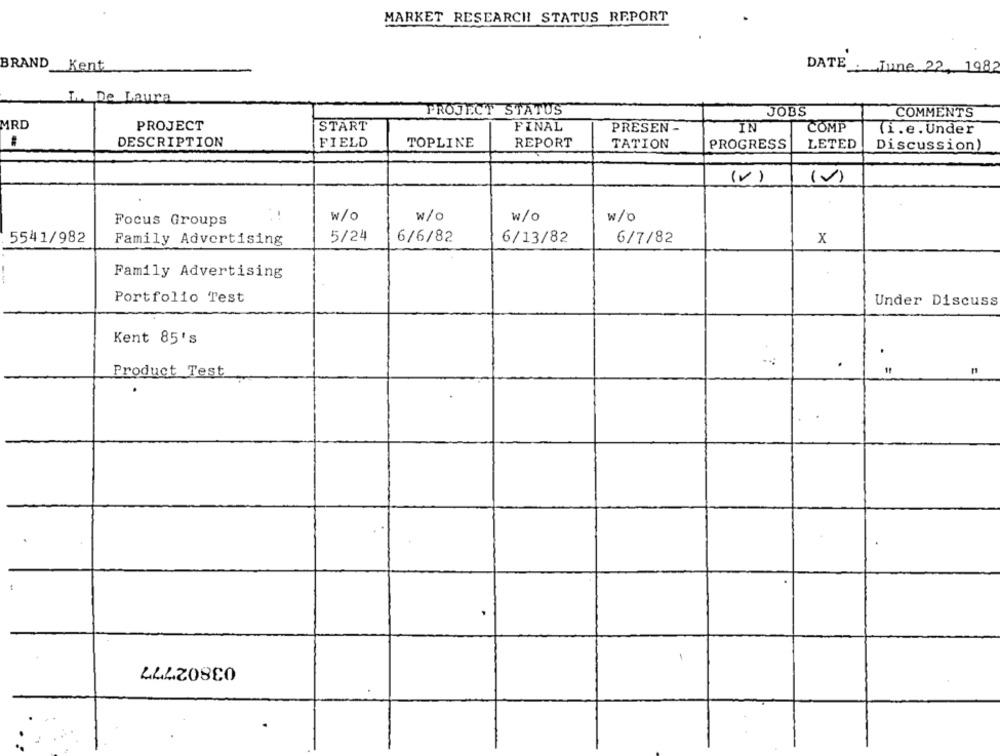
MARKET RESEARCH STATUS REPORT
BRAND Kent
DATE June 22, 1982
L. De Laura
PROJECT STATUS
JOBS
COMMENTS
MRD
PROJECT
START
FINAL
PRESEN -
IN
COMP
(i.e. Under
:
DESCRIPTION
FIELD
TOPLINE
REPORT
TATION
PROGRESS
LETED
Discussion)
(V)
(v)
w/o
w/o
w/O
w/O
Focus Groups
5541/982
Family Advertising
5/24
6/6/82
6/13/82
6/7/82
x
Family Advertising
Portfolio Test
Under Discuss
Kent 85's
.
Product Test
03802777